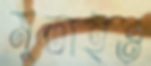
মুতাইও